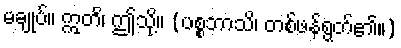
မချုပ်။ ဣတိ၊ ဤသို့။ (ပစ္စဘာသိ၊ တစ်ဖန်ရွတ်၏။)